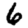
Digit: 6